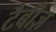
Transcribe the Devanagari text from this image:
टैबीज़